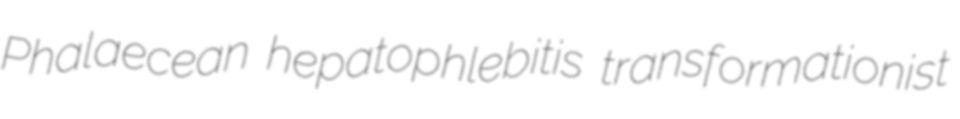
Phalaecean hepatophlebitis transformationist